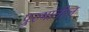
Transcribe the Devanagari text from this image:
पुरुषांतील